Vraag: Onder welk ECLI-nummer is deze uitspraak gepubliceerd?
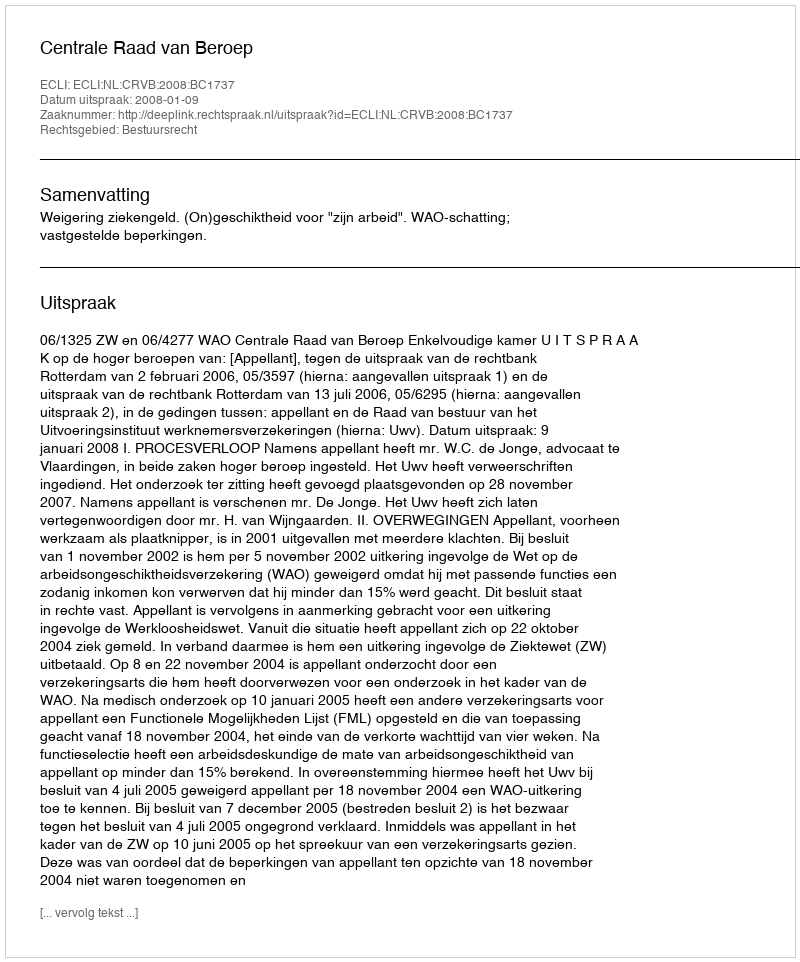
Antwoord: ECLI:NL:CRVB:2008:BC1737